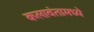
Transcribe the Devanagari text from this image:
कलावंतामध्ये